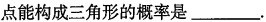
点能构成三角形的概率是___.